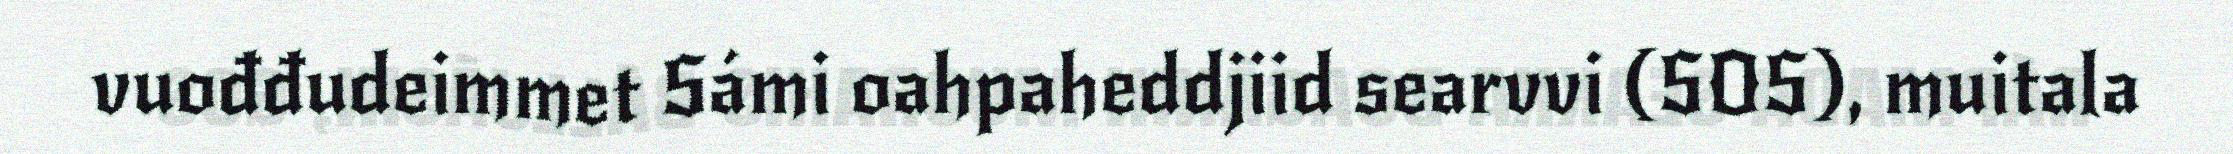
vuođđudeimmet Sámi oahpaheddjiid searvvi (SOS), muitala